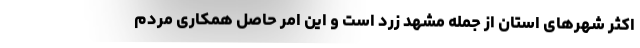
اکثر شهرهای استان از جمله مشهد زرد است و این امر حاصل همکاری مردم